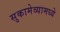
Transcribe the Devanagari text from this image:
सुकामेव्यामध्ये